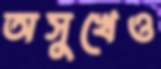
অসুখেও